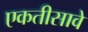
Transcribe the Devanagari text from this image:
एकतीसावे